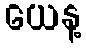
ယေန့